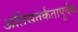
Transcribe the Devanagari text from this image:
अतिसतर्कतापूर्वक